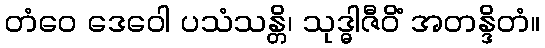
တံဝေ ဒေဝေါ ပသံသန္တိ၊ သုဒ္ဓါဇီဝိံ အတန္ဒိတံ။